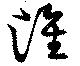
淮